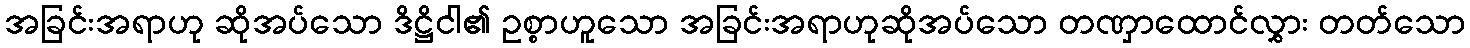
အခြင်းအရာဟု ဆိုအပ်သော ဒိဋ္ဌိငါ၏ ဥစ္စာဟူသော အခြင်းအရာဟုဆိုအပ်သော တဏှာထောင်လွှား တတ်သော